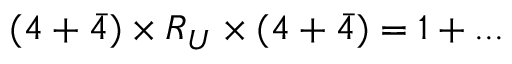
\begin{array} { r } { ( 4 + \bar { 4 } ) \times R _ { U } \times ( 4 + \bar { 4 } ) = 1 + . . . } \end{array}